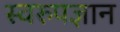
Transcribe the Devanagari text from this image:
स्वरुपज्ञान